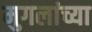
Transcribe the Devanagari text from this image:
मुगलांच्या